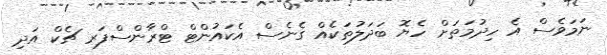
ނަމަވެސް އެ ހިދުމަތަށް ހެޔޮ ބަދަލުތަކެއް ގެނެސް އެކައުންޓް ޓްރާންސްފަރ ޗެކް އަދި